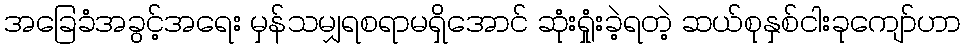
အခြေခံအခွင့်အရေး မှန်သမျှရစရာမရှိအောင် ဆုံးရှုံးခဲ့ရတဲ့ ဆယ်စုနှစ်ငါးခုကျော်ဟာ